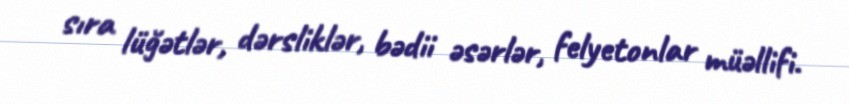
sıra lüğətlər, dərsliklər, bədii əsərlər, felyetonlar müəllifi.